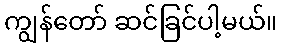
ကျွန်တော် ဆင်ခြင်ပါ့မယ်။